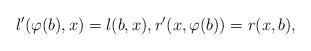
LaTeX: \begin{align*}l'(\varphi(b),x)= l(b,x), r'(x,\varphi(b))= r(x,b),\end{align*}